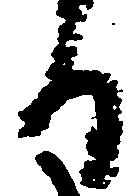
る